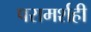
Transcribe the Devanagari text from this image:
परामर्शही